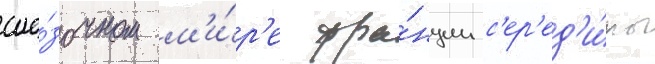
ска́зочном м'и́р'е фра́нции с'ер'ед'и́ны